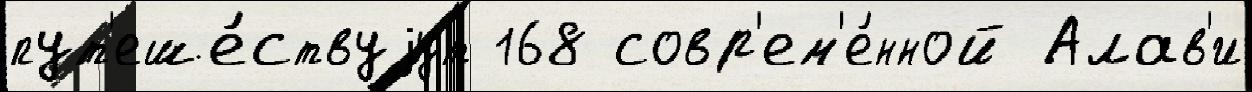
пут'еше́ствуjут 168 совр'ем'е́нной Алав'и